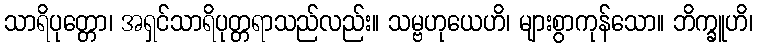
သာရိပုတ္တော၊ အရှင်သာရိပုတ္တရာသည်လည်း။ သမ္ဗဟုယေဟိ၊ များစွာကုန်သော။ ဘိက္ခူဟိ၊